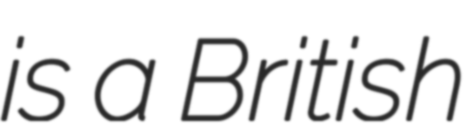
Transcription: is a British